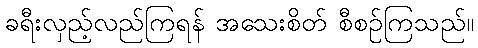
ခရီးလှည့်လည်ကြရန် အသေးစိတ် စီစဉ်ကြသည်။